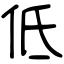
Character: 低